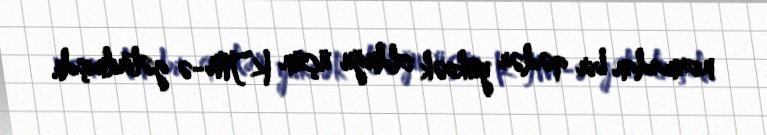
normadan bir qədər yüksək olduğu üçün KTM-ə gətirilmişdi.